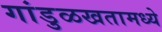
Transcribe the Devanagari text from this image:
गांडुळखतामध्ये